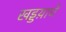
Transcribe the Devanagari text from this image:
खड्डय़ाचे